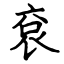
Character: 袞